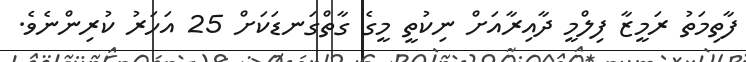
ފާތިމަތު ރަމީޒާ ފިލްމީ ދާއިރާއަށް ނިކުތީ މީގެ ގާތްގަނޑަކަށް 25 އަހަރު ކުރިންނެވެ.